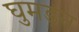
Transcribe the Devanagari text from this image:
घुमड़न